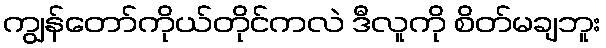
ကျွန်တော်ကိုယ်တိုင်ကလဲ ဒီလူကို စိတ်မချဘူး